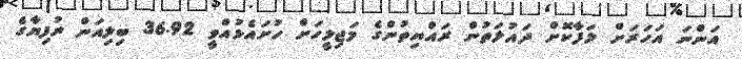
އަންނަ އަހަރަށް ލަފާކޮށް ދައުލަތުން ރައްޔިތުންގެ މަޖިލީހަށް ހުށައެޅުއްވީ 36.92 ބިލިއަން ރުފިޔާގެ